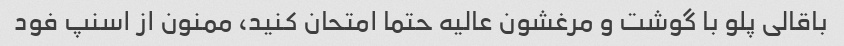
باقالی پلو با گوشت و مرغشون عالیه حتما امتحان کنید، ممنون از اسنپ فود